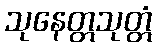
သုနေတ္တသုတ္တံ